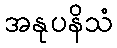
အနုပနိသံ